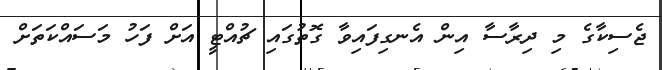
ޖެސިކާގެ މި ދިރާސާ އިން އެނގިފައިވާ ގޮތުގައި ޗުއްޓީ އަށް ފަހު މަސައްކަތަށް